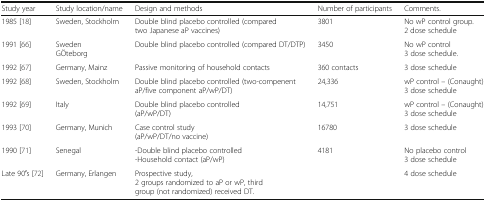
<table><thead><tr><td><b>Study year</b></td><td><b>Study location/name</b></td><td><b>Design and methods</b></td><td><b>Number of participants</b></td><td><b>Comments.</b></td></tr></thead><tbody><tr><td>1985 [18]</td><td>Sweden, Stockholm</td><td>Double blind placebo controlled (compared two Japanese aP vaccines)</td><td>3801</td><td>No wP control group.2 dose schedule</td></tr><tr><td>1991 [66]</td><td>SwedenGÖteborg</td><td>Double blind placebo controlled (compared DT/DTP)</td><td>3450</td><td>No wP control3 dose schedule.</td></tr><tr><td>1992 [67]</td><td>Germany, Mainz</td><td>Passive monitoring of household contacts</td><td>360 contacts</td><td>3 dose schedule</td></tr><tr><td>1992 [68]</td><td>Sweden, Stockholm</td><td>Double blind placebo controlled (two-compenent aP/five component aP/wP/DT)</td><td>24,336</td><td>wP control – (Conaught)3 dose schedule</td></tr><tr><td>1992 [69]</td><td>Italy</td><td>Double blind placebo controlled(aP/wP/DT)</td><td>14,751</td><td>wP control – (Conaught)3 dose schedule</td></tr><tr><td>1993 [70]</td><td>Germany, Munich</td><td>Case control study(aP/wP/DT/no vaccine)</td><td>16780</td><td>3 dose schedule</td></tr><tr><td>1990 [71]</td><td>Senegal</td><td>-Double blind placebo controlled-Household contact (aP/wP)</td><td>4181</td><td>No placebo control3 dose schedule</td></tr><tr><td>Late 90′s [72]</td><td>Germany, Erlangen</td><td>Prospective study,2 groups randomized to aP or wP, third group (not randomized) received DT.</td><td></td><td>4 dose schedule</td></tr></tbody></table>